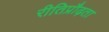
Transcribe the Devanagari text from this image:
रीतिप्रौढ़ता